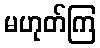
မဟုတ်ကြ